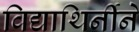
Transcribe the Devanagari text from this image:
विद्याथिर्नीने